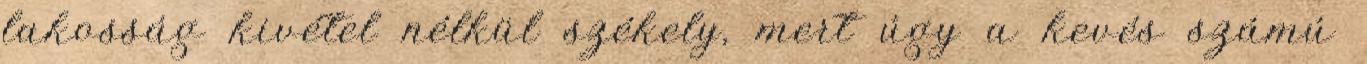
lakosság kivétel nélkül székely, mert úgy a kevés számú